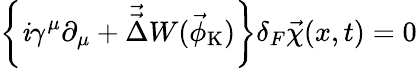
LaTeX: \left\{ \mathit{i}\gamma^{\mu}\partial_{\mu}+\vec{{\vec{{\Delta}}}}W(\vec{{\phi}}_{\mathrm{{K}}})\right\} \delta_{F}\vec{{\chi}}(x,t)=0